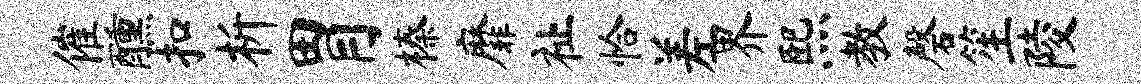
催醺扣析胃榛靡祉恰差界熙教磬笙陵